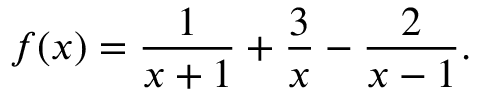
f ( x ) = { \frac { 1 } { x + 1 } } + { \frac { 3 } { x } } - { \frac { 2 } { x - 1 } } .